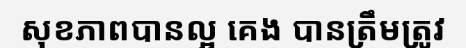
សុខភាពបានល្អ គេង បានត្រឹមត្រូវ